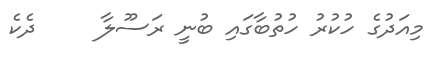
މިއަދުގެ ހުކުރު ހުތުބާގައި ބުނީ ރަސޫލާ     ދެކެ